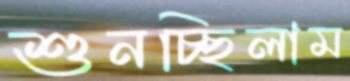
শুনচ্ছিলাম